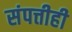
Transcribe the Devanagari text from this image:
संपत्तीही